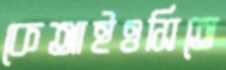
কেআইওসিতে